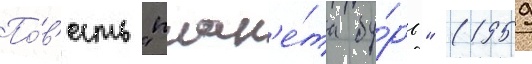
По́в'есть "план'е́та бу́рь" (1959